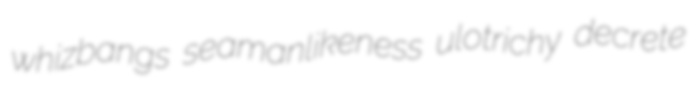
whizbangs seamanlikeness ulotrichy decrete